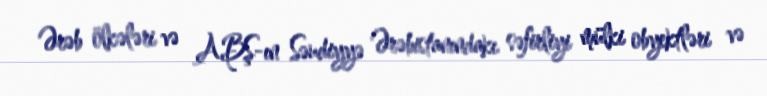
Ərəb ölkələri və ABŞ-ın Səudiyyə Ərəbistanındakı səfirliyi mülki obyektləri və